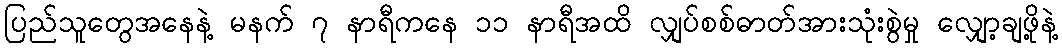
ပြည်သူတွေအနေနဲ့ မနက် ၇ နာရီကနေ ၁၁ နာရီအထိ လျှပ်စစ်ဓာတ်အားသုံးစွဲမှု လျှော့ချဖို့နဲ့